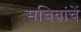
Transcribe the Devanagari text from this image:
सचिवांचें